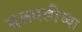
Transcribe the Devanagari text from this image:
मलमलीच्या